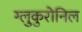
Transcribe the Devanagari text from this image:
ग्लुकुरोनिल